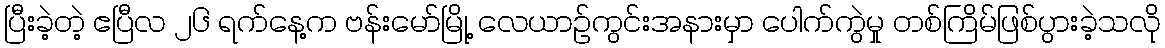
ပြီးခဲ့တဲ့ ဧပြီလ ၂၆ ရက်နေ့က ဗန်းမော်မြို့ လေယာဉ်ကွင်းအနားမှာ ပေါက်ကွဲမှု တစ်ကြိမ်ဖြစ်ပွားခဲ့သလို